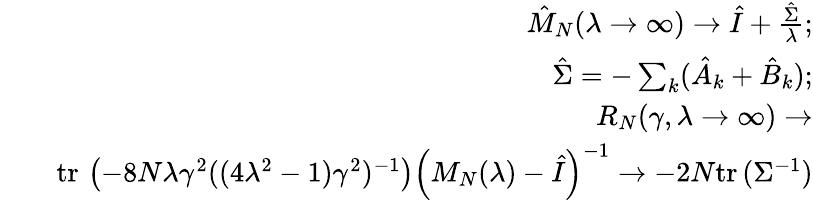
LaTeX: \begin{array}{rlr}&{}&{\hat{M}_{N}(\lambda\to\infty)\to\hat{I}+\frac{\hat{\Sigma}}{\lambda};}\\ &{}&{\hat{\Sigma}=-\sum_{k}(\hat{A}_{k}+\hat{B}_{k});}\\ &{}&{R_{N}(\gamma,\lambda\to\infty)\to}\\ &{}&{\mathrm{tr}\, \left(-8N\lambda\gamma^{2}((4\lambda^{2}-1)\gamma^{2})^{-1}\right)\left(M_{N}(\lambda)-\hat{I}\right)^{-1}\to-2N\mathrm{tr}\, (\Sigma^{-1})}\end{array}